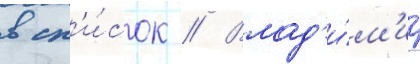
в сп'и́сок // Влад'и́м'ир